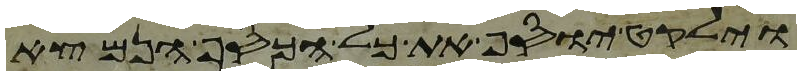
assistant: וילקט יוסף את כל הכסף הנמצא